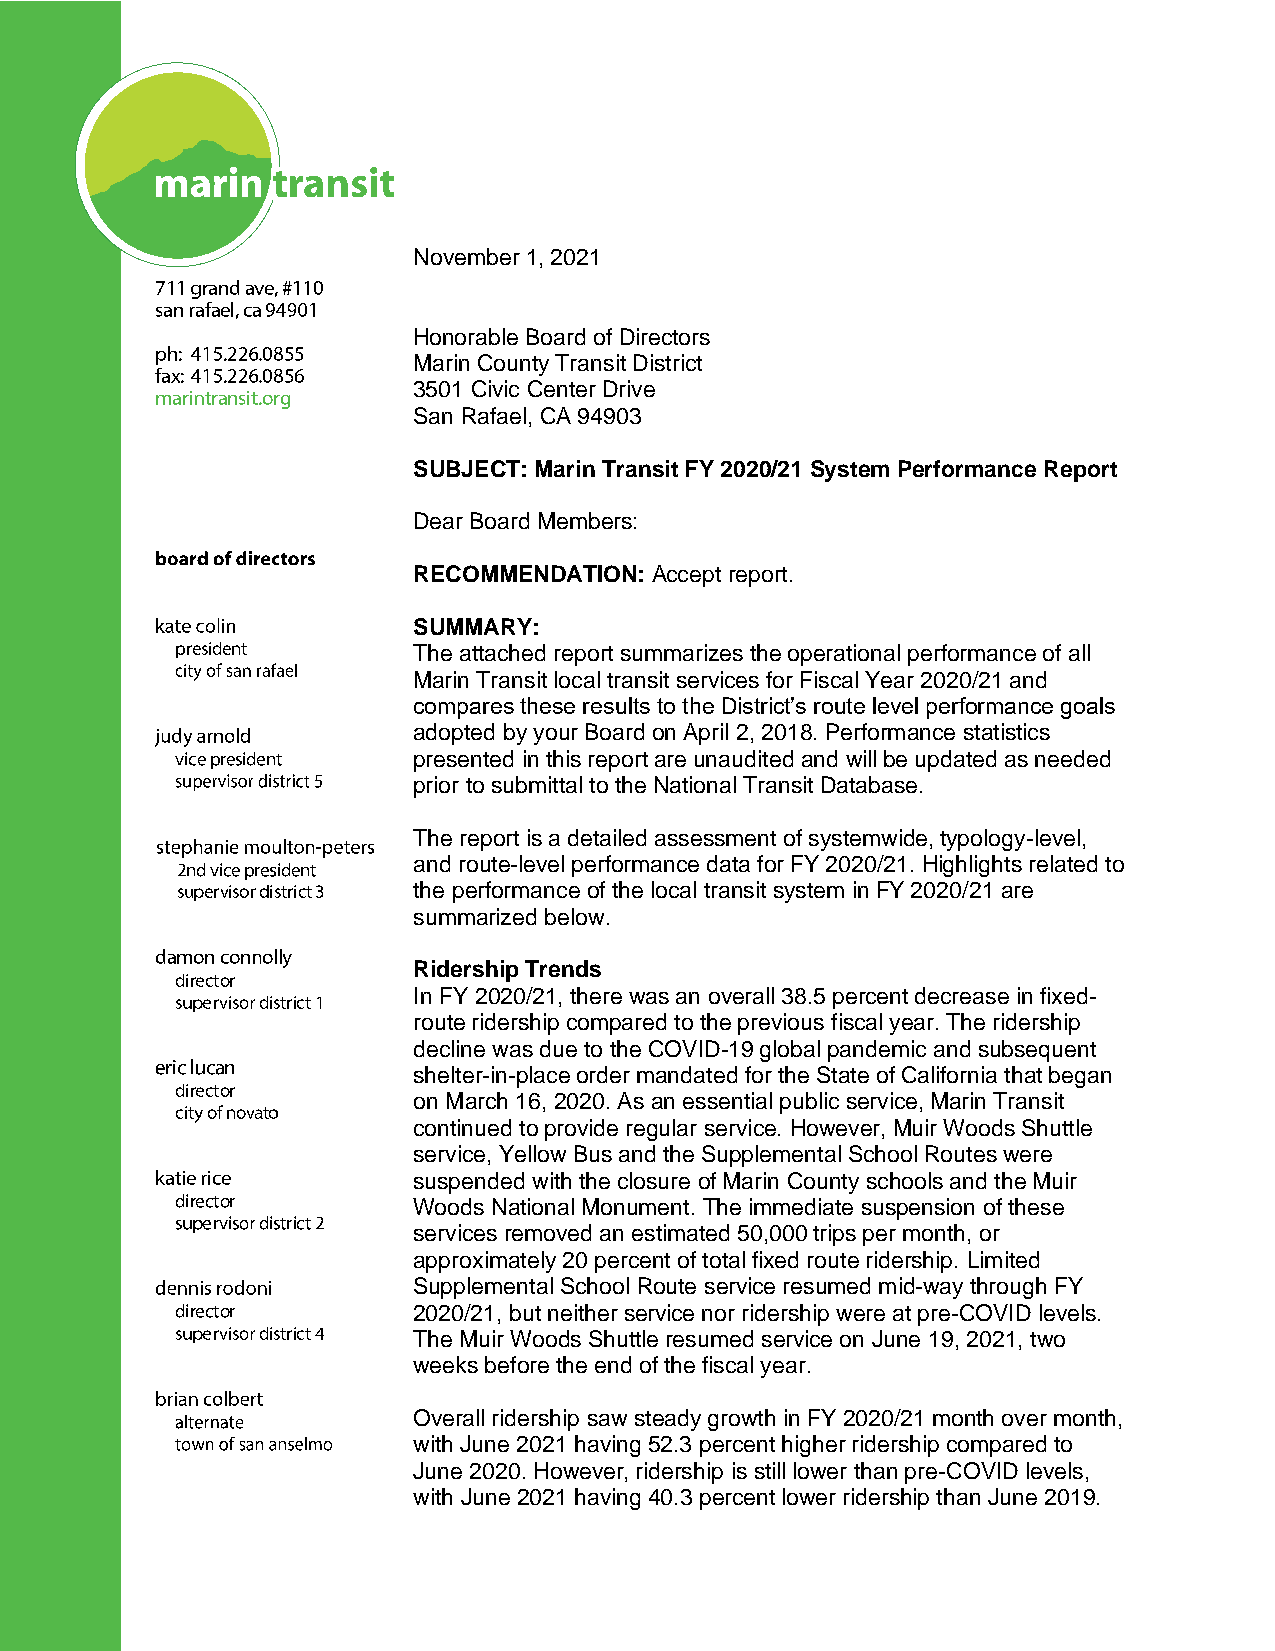
November 1, 2021
 Honorable Board of Directors
 Marin County Transit District
 3501 Civic Center Drive
 San Rafael, CA 94903
 SUBJECT: Marin Transit FY 2020/21 System Performance Report
 Dear Board Members:
 RECOMMENDATION: Accept report.
 SUMMARY:
 The attached report summarizes the operational performance of all
 Marin Transit local transit services for Fiscal Year 2020/21 and
 compares these results to the District’s route level performance goals
 adopted by your Board on April 2, 2018. Performance statistics
 presented in this report are unaudited and will be updated as needed
 prior to submittal to the National Transit Database.
 The report is a detailed assessment of systemwide, typology-level,
 and route-level performance data for FY 2020/21. Highlights related to
 the performance of the local transit system in FY 2020/21 are
 summarized below.
 Ridership Trends
 In FY 2020/21, there was an overall 38.5 percent decrease in fixed-
 route ridership compared to the previous fiscal year. The ridership
 decline was due to the COVID-19 global pandemic and subsequent
 shelter-in-place order mandated for the State of California that began
 on March 16, 2020. As an essential public service, Marin Transit
 continued to provide regular service. However, Muir Woods Shuttle
 service, Yellow Bus and the Supplemental School Routes were
 suspended with the closure of Marin County schools and the Muir
 Woods National Monument. The immediate suspension of these
 services removed an estimated 50,000 trips per month, or
 approximately 20 percent of total fixed route ridership. Limited
 Supplemental School Route service resumed mid-way through FY
 2020/21, but neither service nor ridership were at pre-COVID levels.
 The Muir Woods Shuttle resumed service on June 19, 2021, two
 weeks before the end of the fiscal year.
 Overall ridership saw steady growth in FY 2020/21 month over month,
 with June 2021 having 52.3 percent higher ridership compared to
 June 2020. However, ridership is still lower than pre-COVID levels,
 with June 2021 having 40.3 percent lower ridership than June 2019.